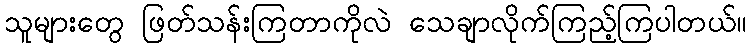
သူများတွေ ဖြတ်သန်းကြတာကိုလဲ သေချာလိုက်ကြည့်ကြပါတယ်။